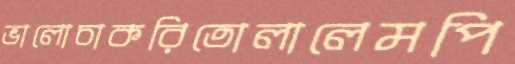
ভালোচাকরিতোলালেমপি